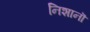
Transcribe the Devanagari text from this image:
निशानॊं